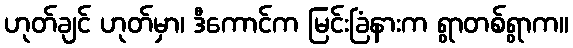
ဟုတ်ချင် ဟုတ်မှာ၊ ဒီကောင်က မြင်းခြံနားက ရွာတစ်ရွာက။